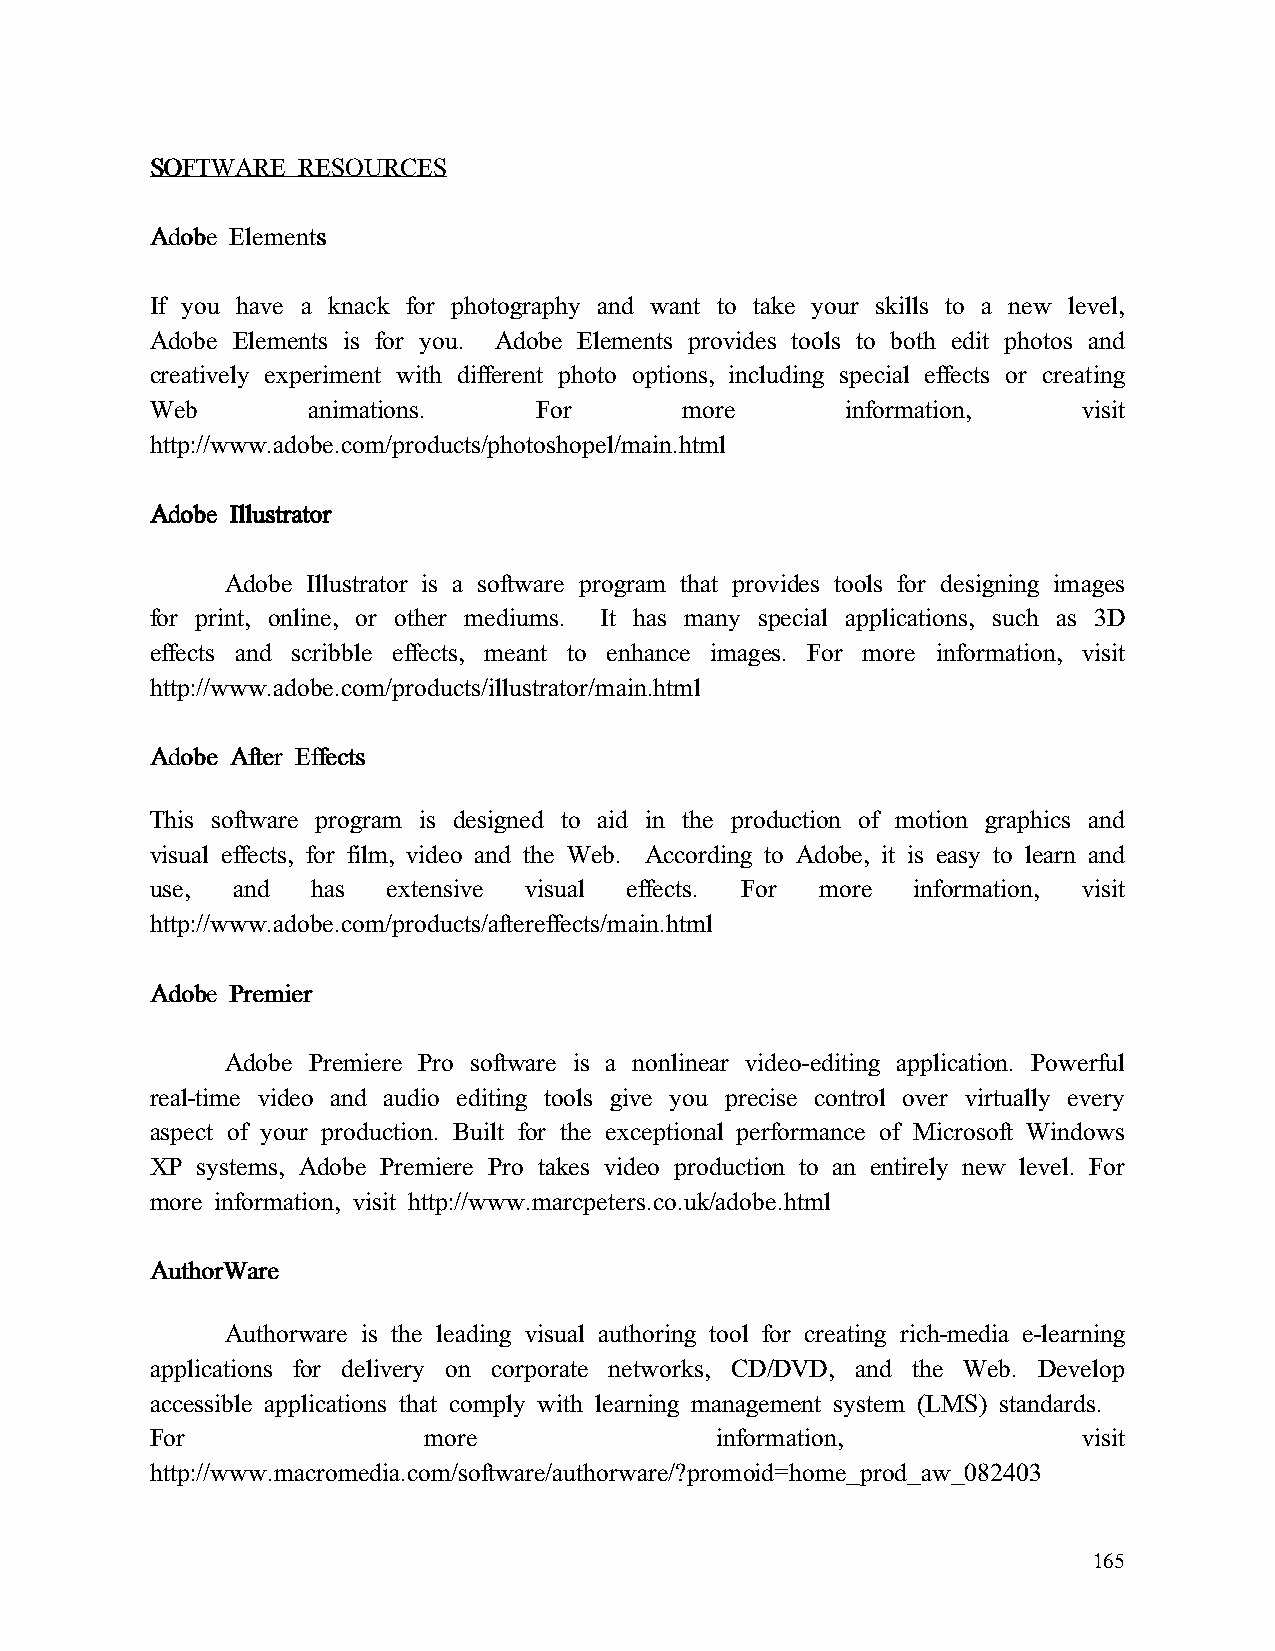
SSSSOOOOFFFFTTTTWWWWAAAARRRREEEE RRRREEEESSSSOOOOUUUURRRRCCCCEEEESSSS
 AAAAddddoooobbbbeeee EEEElllleeeemmmmeeeennnnttttssss
 If you have a knack for photography and want to take your skills to a new level,
 Adobe Elements is for you. Adobe Elements provides tools to both edit photos and
 creatively experiment with different photo options, including special effects or creating
 Web       animations.     For      more       information,    visit
 http://www.adobe.com/products/photoshopel/main.html
 AAAAddddoooobbbbeeee IIIIlllllllluuuussssttttrrrraaaattttoooorrrr
 Adobe Illustrator is a software program that provides tools for designing images
 for print, online, or other mediums. It has many special applications, such as 3D
 effects and scribble effects, meant to enhance images. For more information, visit
 http://www.adobe.com/products/illustrator/main.html
 AAAAddddoooobbbbeeee AAAAfffftttteeeerrrr EEEEffffffffeeeeccccttttssss
 This software program is designed to aid in the production of motion graphics and
 visual effects, for film, video and the Web. According to Adobe, it is easy to learn and
 use, and   has  extensive visual effects. For more information, visit
 http://www.adobe.com/products/aftereffects/main.html
 AAAAddddoooobbbbeeee PPPPrrrreeeemmmmiiiieeeerrrr
 Adobe Premiere Pro software is a nonlinear video-editing application. Powerful
 real-time video and audio editing tools give you precise control over virtually every
 aspect of your production. Built for the exceptional performance of Microsoft Windows
 XP systems, Adobe Premiere Pro takes video production to an entirely new level. For
 more information, visit http://www.marcpeters.co.uk/adobe.html
 AAAAuuuutttthhhhoooorrrrWWWWaaaarrrreeee
 Authorware is the leading visual authoring tool for creating rich-media e-learning
 applications for delivery on corporate networks, CD/DVD, and the Web. Develop
 accessible applications that comply with learning management system (LMS) standards.
 For               more               information,             visit
 http://www.macromedia.com/software/authorware/?promoid=home_prod_aw_082403
 165